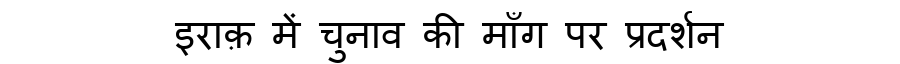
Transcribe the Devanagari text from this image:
इराक़ में चुनाव की माँग पर प्रदर्शन